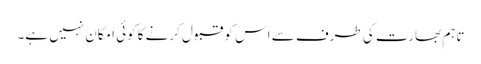
تاہم بھارت کی طرف سے اس کو قبول کرنے کا کوئی امکان نہیں ہے۔